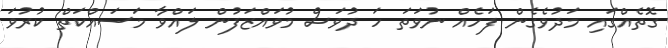
ގޮތެއްގައި މަދުވެގެން ފަހެއް ނުވަތަ ހަ ދުވަސް މުވައްޒަފުން ލައްވާ މަސައްކަތް ކުރުވަ